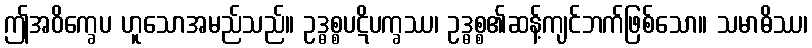
ဤအဝိက္ခေပ ဟူသောအမည်သည်။ ဥဒ္ဓစ္စပဋိပက္ခဿ၊ ဥဒ္ဓစ္စ၏ဆန့်ကျင်ဘက်ဖြစ်သော။ သမာဓိဿ၊